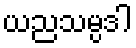
ယညသမ္ပဒါ